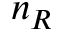
n _ { R }